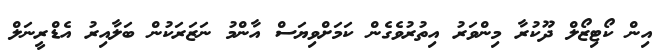
އިން ކޯޓިޒޯލް ދޫކުރާ މިންވަރު އިތުރުވެގެން ކަމަށްވިޔަސް އާންމު ނަޒަރަކުން ބަލާއިރު އެޑްރީނަލް